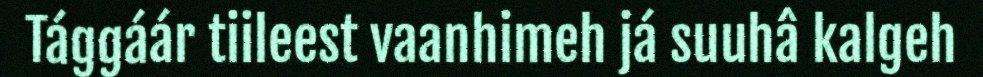
Tággáár tiileest vaanhimeh já suuhâ kalgeh